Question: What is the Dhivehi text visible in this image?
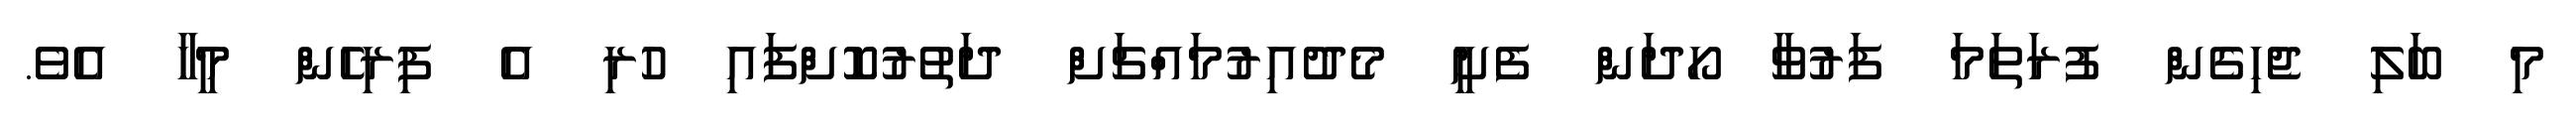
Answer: މި ބަލި ޖެހިގެން ފުރަތަމަ ފަރުވާ ހޯދަން ފެށީ މެދުއިރުމައްޗަށް ދަތުރުކޮށްފައި ހުރި އެ ފިރިހެން މީހާ އެވެ.